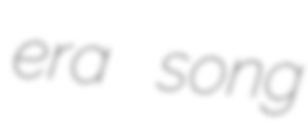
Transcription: era song